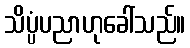
သိပ္ပံပညာဟုခေါ်သည်။